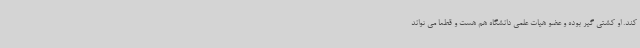
کند. او کشتی گیر بوده و عضو هیات علمی دانشگاه هم هست و قطعا می تواند